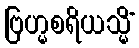
ဗြဟ္မစရိယသ္မိံ